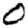
Digit: 0